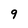
Character: 9